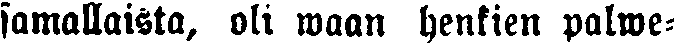
samallaista, oli waan henkien palwe-